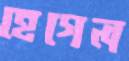
হেগেল